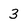
Character: 3